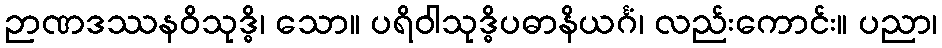
ဉာဏဒဿနဝိသုဒ္ဓိ၊ သော။ ပရိဝါသုဒ္ဓိပဓာနိယင်္ဂံ၊ လည်းကောင်း။ ပညာ၊